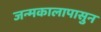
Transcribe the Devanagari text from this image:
जन्मकालापासुन